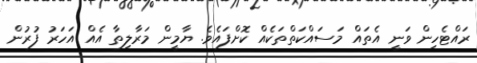
ރައްޓެހިން ވަނީ އެތައް މަސައްކަތްތަކެއް ކޮށްފައެވެ. ޔާމީން މަރާލިތާ އެއް އަހަރު ފުރުން